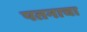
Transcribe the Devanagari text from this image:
पतनाचा